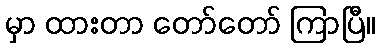
မှာ ထားတာ တော်တော် ကြာပြီ။